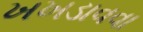
ખખડાવવા